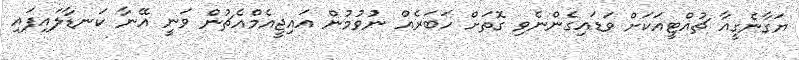
ޔަގާނެގީއާ ޗުއްޓީއަކަށް ވަޑައިގެންނެވި ގޮތަށް ހަބަރެއް ނުވުމުން އައިޖީއެމްއެޗުން ވަނީ އޭނާ ކަނޑާލައިފައި